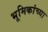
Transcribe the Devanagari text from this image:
भूमिकांच्या